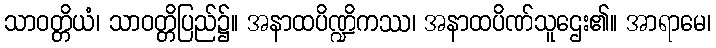
သာဝတ္တိယံ၊ သာဝတ္တိပြည်၌။ အနာထပိဏ္ဍိကဿ၊ အနာထပိဏ်သူဌေး၏။ အာရာမေ၊